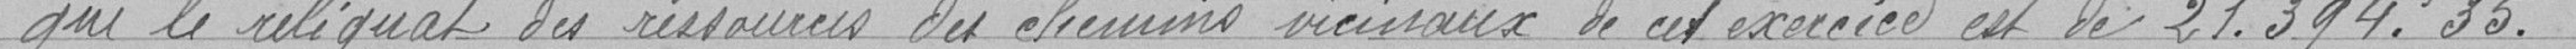
que le reliquat des ressources des chemins vicinaux de cet exercice est de 21 394,35.